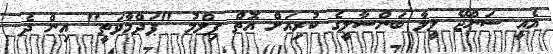
އެއީ ސަންޖޭ ލީލާ ބަންސާލީގެ ކުރިއަށް އޮތް ފިލްމު "ޕަދްމާވަތީ" އިން ދެ